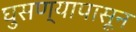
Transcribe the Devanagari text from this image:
घुसण्यापासून